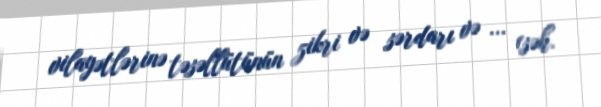
vilayətlərinə təsəllütünün zikri və sərdarı və ... (səh.